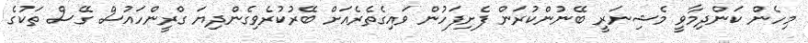
މިހެން ކަންދިމާވީ މެޝިނަރީ ބޭނުންކުރަން ފެށިފަހުން ވައިގެތެރެއަށް ބޭރުކުރެވިގެންދިޔަ ގްރީންހައުސް ގޭސް ތަކުގެ